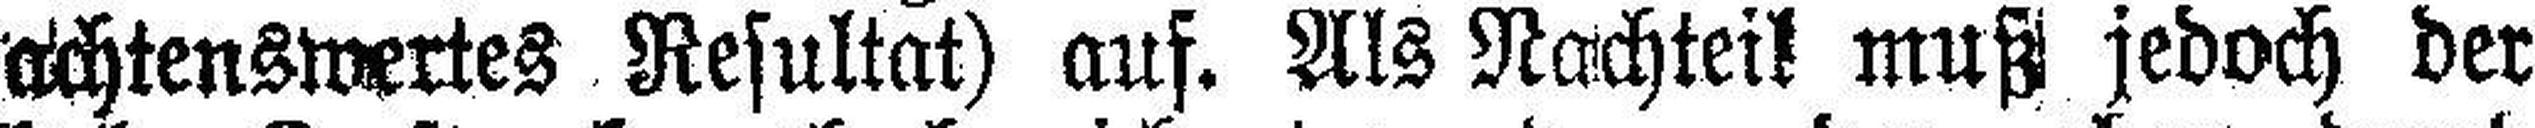
achtenswertes Resultat) auf. Als Nachteil muß jedoch der